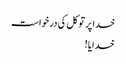
خدا پر توکل کی درخواست
خدایا!